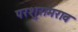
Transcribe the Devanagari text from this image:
परशुरामराव